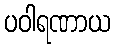
ပဝါရဏာယ